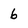
Character: 6